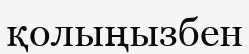
қолыңызбен